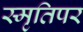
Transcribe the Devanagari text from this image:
स्मृतिपर